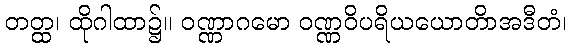
တတ္ထ၊ ထိုဂါထာ၌။ ဝဏ္ဏာဂမော ဝဏ္ဏဝိပရိယယောတိာအဒီတံ၊